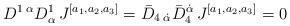
LaTeX: \begin{align*} D^{1\;\alpha}D^1_\alpha\, J^{[a_1,a_2,a_3]} = \bar D_{4\;\dot\alpha} \bar D_4 ^{\dot\alpha}\, J^{[a_1,a_2,a_3]} = 0\end{align*}